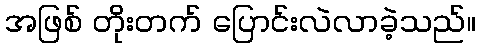
အဖြစ် တိုးတက် ပြောင်းလဲလာခဲ့သည်။